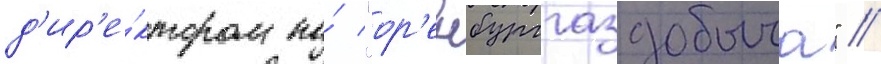
д'ир'е́ктором по́ "ор'енбурггаздобыча" //